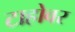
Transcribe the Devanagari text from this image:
टाहोवर